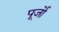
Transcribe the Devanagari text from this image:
पूर्जो